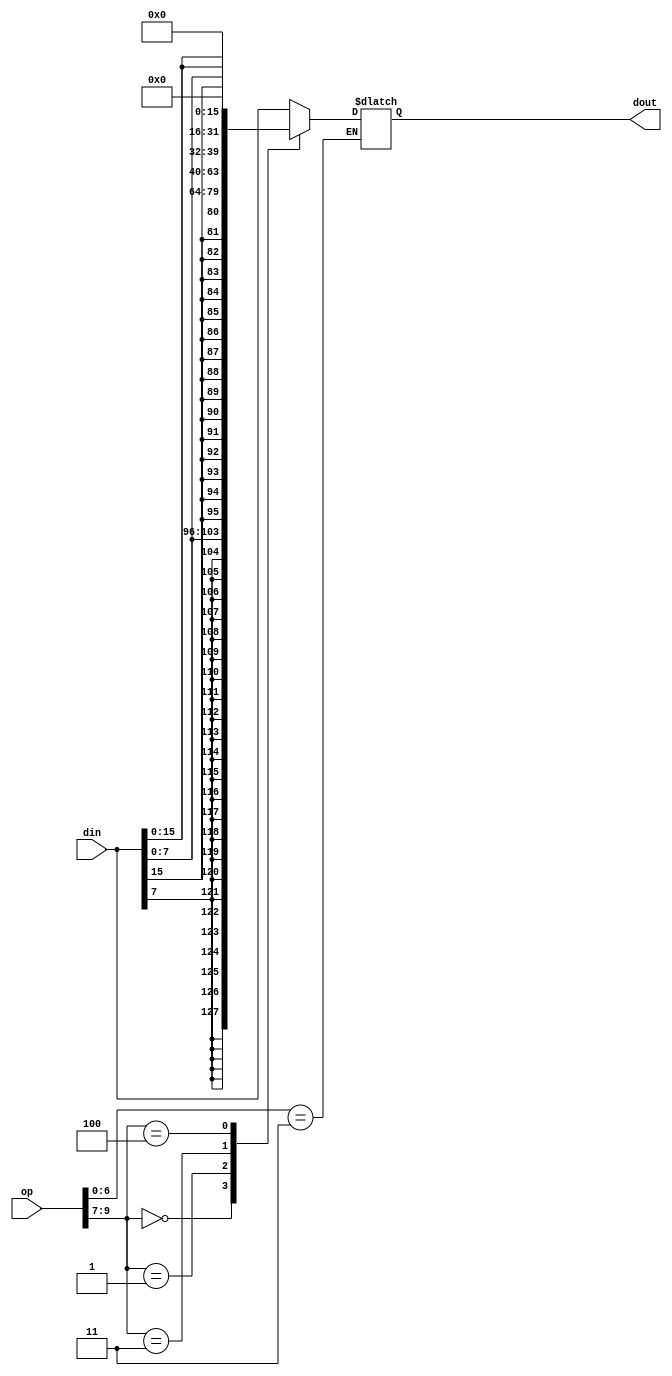
module dataext(
    input wire [16:0] op,
    input wire [31:0] din,
    output reg [31:0] dout
    );
    
    wire [6:0] funct7;
    wire [2:0] funct3;
    wire [6:0] opcode;

    assign funct7 = op[16:10];
    assign funct3 = op[9:7];
    assign opcode = op[6:0];
    
    always@(*)
    begin
        if(opcode==7'b0000011)
        begin
        case(funct3)
             // LB
             3'b000: dout[31:0] = { {24{din[7]}}, din[7:0] };
             // LH
             3'b001: dout[31:0] = { {16{din[15]}}, din[15:0] };
             // LW
             3'b010: dout[31:0] = din[31:0];
             // LBU
             3'b011: dout = {24'h000000, din[7:0]};
             // LHU
             3'b100: dout = {16'h0000, din[15:0]};
             default:
             dout = din;
        endcase
        end
    end
    
endmodule